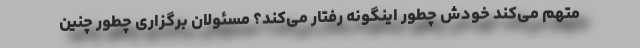
متهم می‌کند خودش چطور اینگونه رفتار می‌کند؟ مسئولان برگزاری چطور چنین